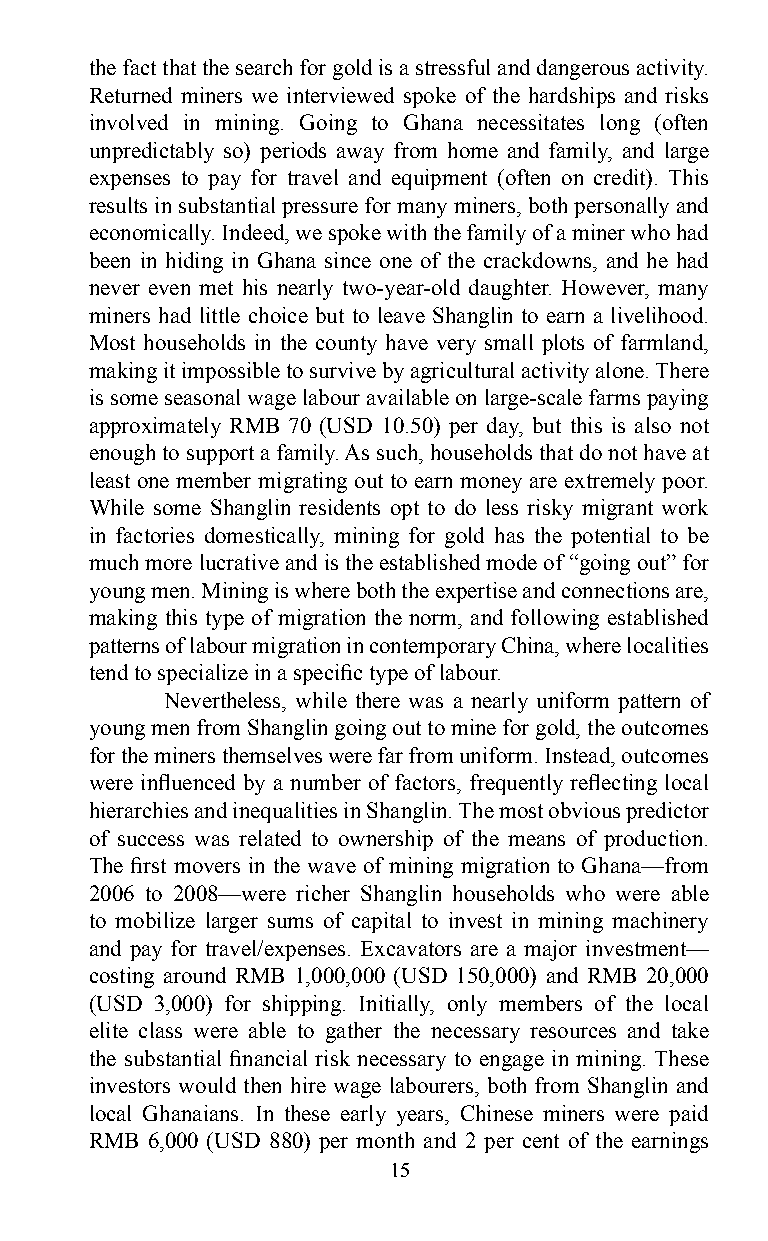
the fact that the search for gold is a stressful and dangerous activity.
 Returned miners we interviewed spoke of the hardships and risks
 involved in mining. Going to Ghana necessitates long (often
 unpredictably so) periods away from home and family, and large
 expenses to pay for travel and equipment (often on credit). This
 results in substantial pressure for many miners, both personally and
 economically. Indeed, we spoke with the family of a miner who had
 been in hiding in Ghana since one of the crackdowns, and he had
 never even met his nearly two-year-old daughter. However, many
 miners had little choice but to leave Shanglin to earn a livelihood.
 Most households in the county have very small plots of farmland,
 making it impossible to survive by agricultural activity alone. There
 is some seasonal wage labour available on large-scale farms paying
 approximately RMB 70 (USD 10.50) per day, but this is also not
 enough to support a family. As such, households that do not have at
 least one member migrating out to earn money are extremely poor.
 While some Shanglin residents opt to do less risky migrant work
 in factories domestically, mining for gold has the potential to be
 much more lucrative and is the established mode of “going out” for
 young men. Mining is where both the expertise and connections are,
 making this type of migration the norm, and following established
 patterns of labour migration in contemporary China, where localities
 tend to specialize in a specific type of labour.
 Nevertheless, while there was a nearly uniform pattern of
 young men from Shanglin going out to mine for gold, the outcomes
 for the miners themselves were far from uniform. Instead, outcomes
 were influenced by a number of factors, frequently reflecting local
 hierarchies and inequalities in Shanglin. The most obvious predictor
 of success was related to ownership of the means of production.
 The first movers in the wave of mining migration to Ghana—from
 2006 to 2008—were richer Shanglin households who were able
 to mobilize larger sums of capital to invest in mining machinery
 and pay for travel/expenses. Excavators are a major investment—
 costing around RMB 1,000,000 (USD 150,000) and RMB 20,000
 (USD 3,000) for shipping. Initially, only members of the local
 elite class were able to gather the necessary resources and take
 the substantial financial risk necessary to engage in mining. These
 investors would then hire wage labourers, both from Shanglin and
 local Ghanaians. In these early years, Chinese miners were paid
 RMB 6,000 (USD 880) per month and 2 per cent of the earnings
 15